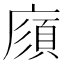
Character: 𢊼